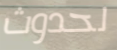
لحدوث